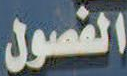
الفصول